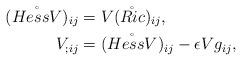
LaTeX: \begin{align*} (\mathring{Hess V})_{ij} & = V(\mathring{Ric})_{ij}, \\ V_{;ij} & = (\mathring{Hess V})_{ij} - \epsilon Vg_{ij}, \end{align*}